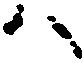
ハ